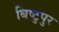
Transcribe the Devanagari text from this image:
बिष्टुपुर